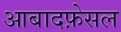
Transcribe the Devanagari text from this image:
आबादफ़ेसल